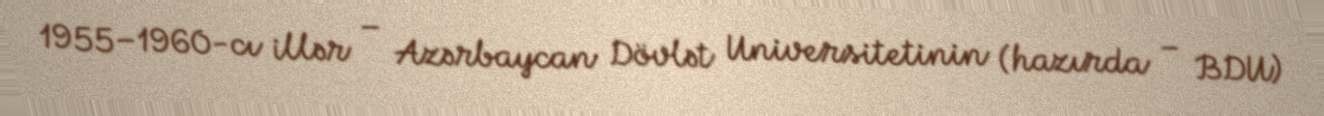
1955–1960-cı illər – Azərbaycan Dövlət Universitetinin (hazırda – BDU)